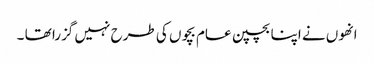
انھوں نے اپنا بچپن عام بچوں کی طرح نہیں گزرا تھا ۔